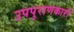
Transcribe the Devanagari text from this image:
उपपुराणकारों